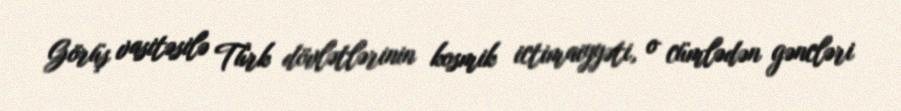
Görüş vasitəsilə Türk dövlətlərinin kosmik ictimaiyyəti, o cümlədən gəncləri